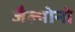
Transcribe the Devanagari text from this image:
जैल्योनो